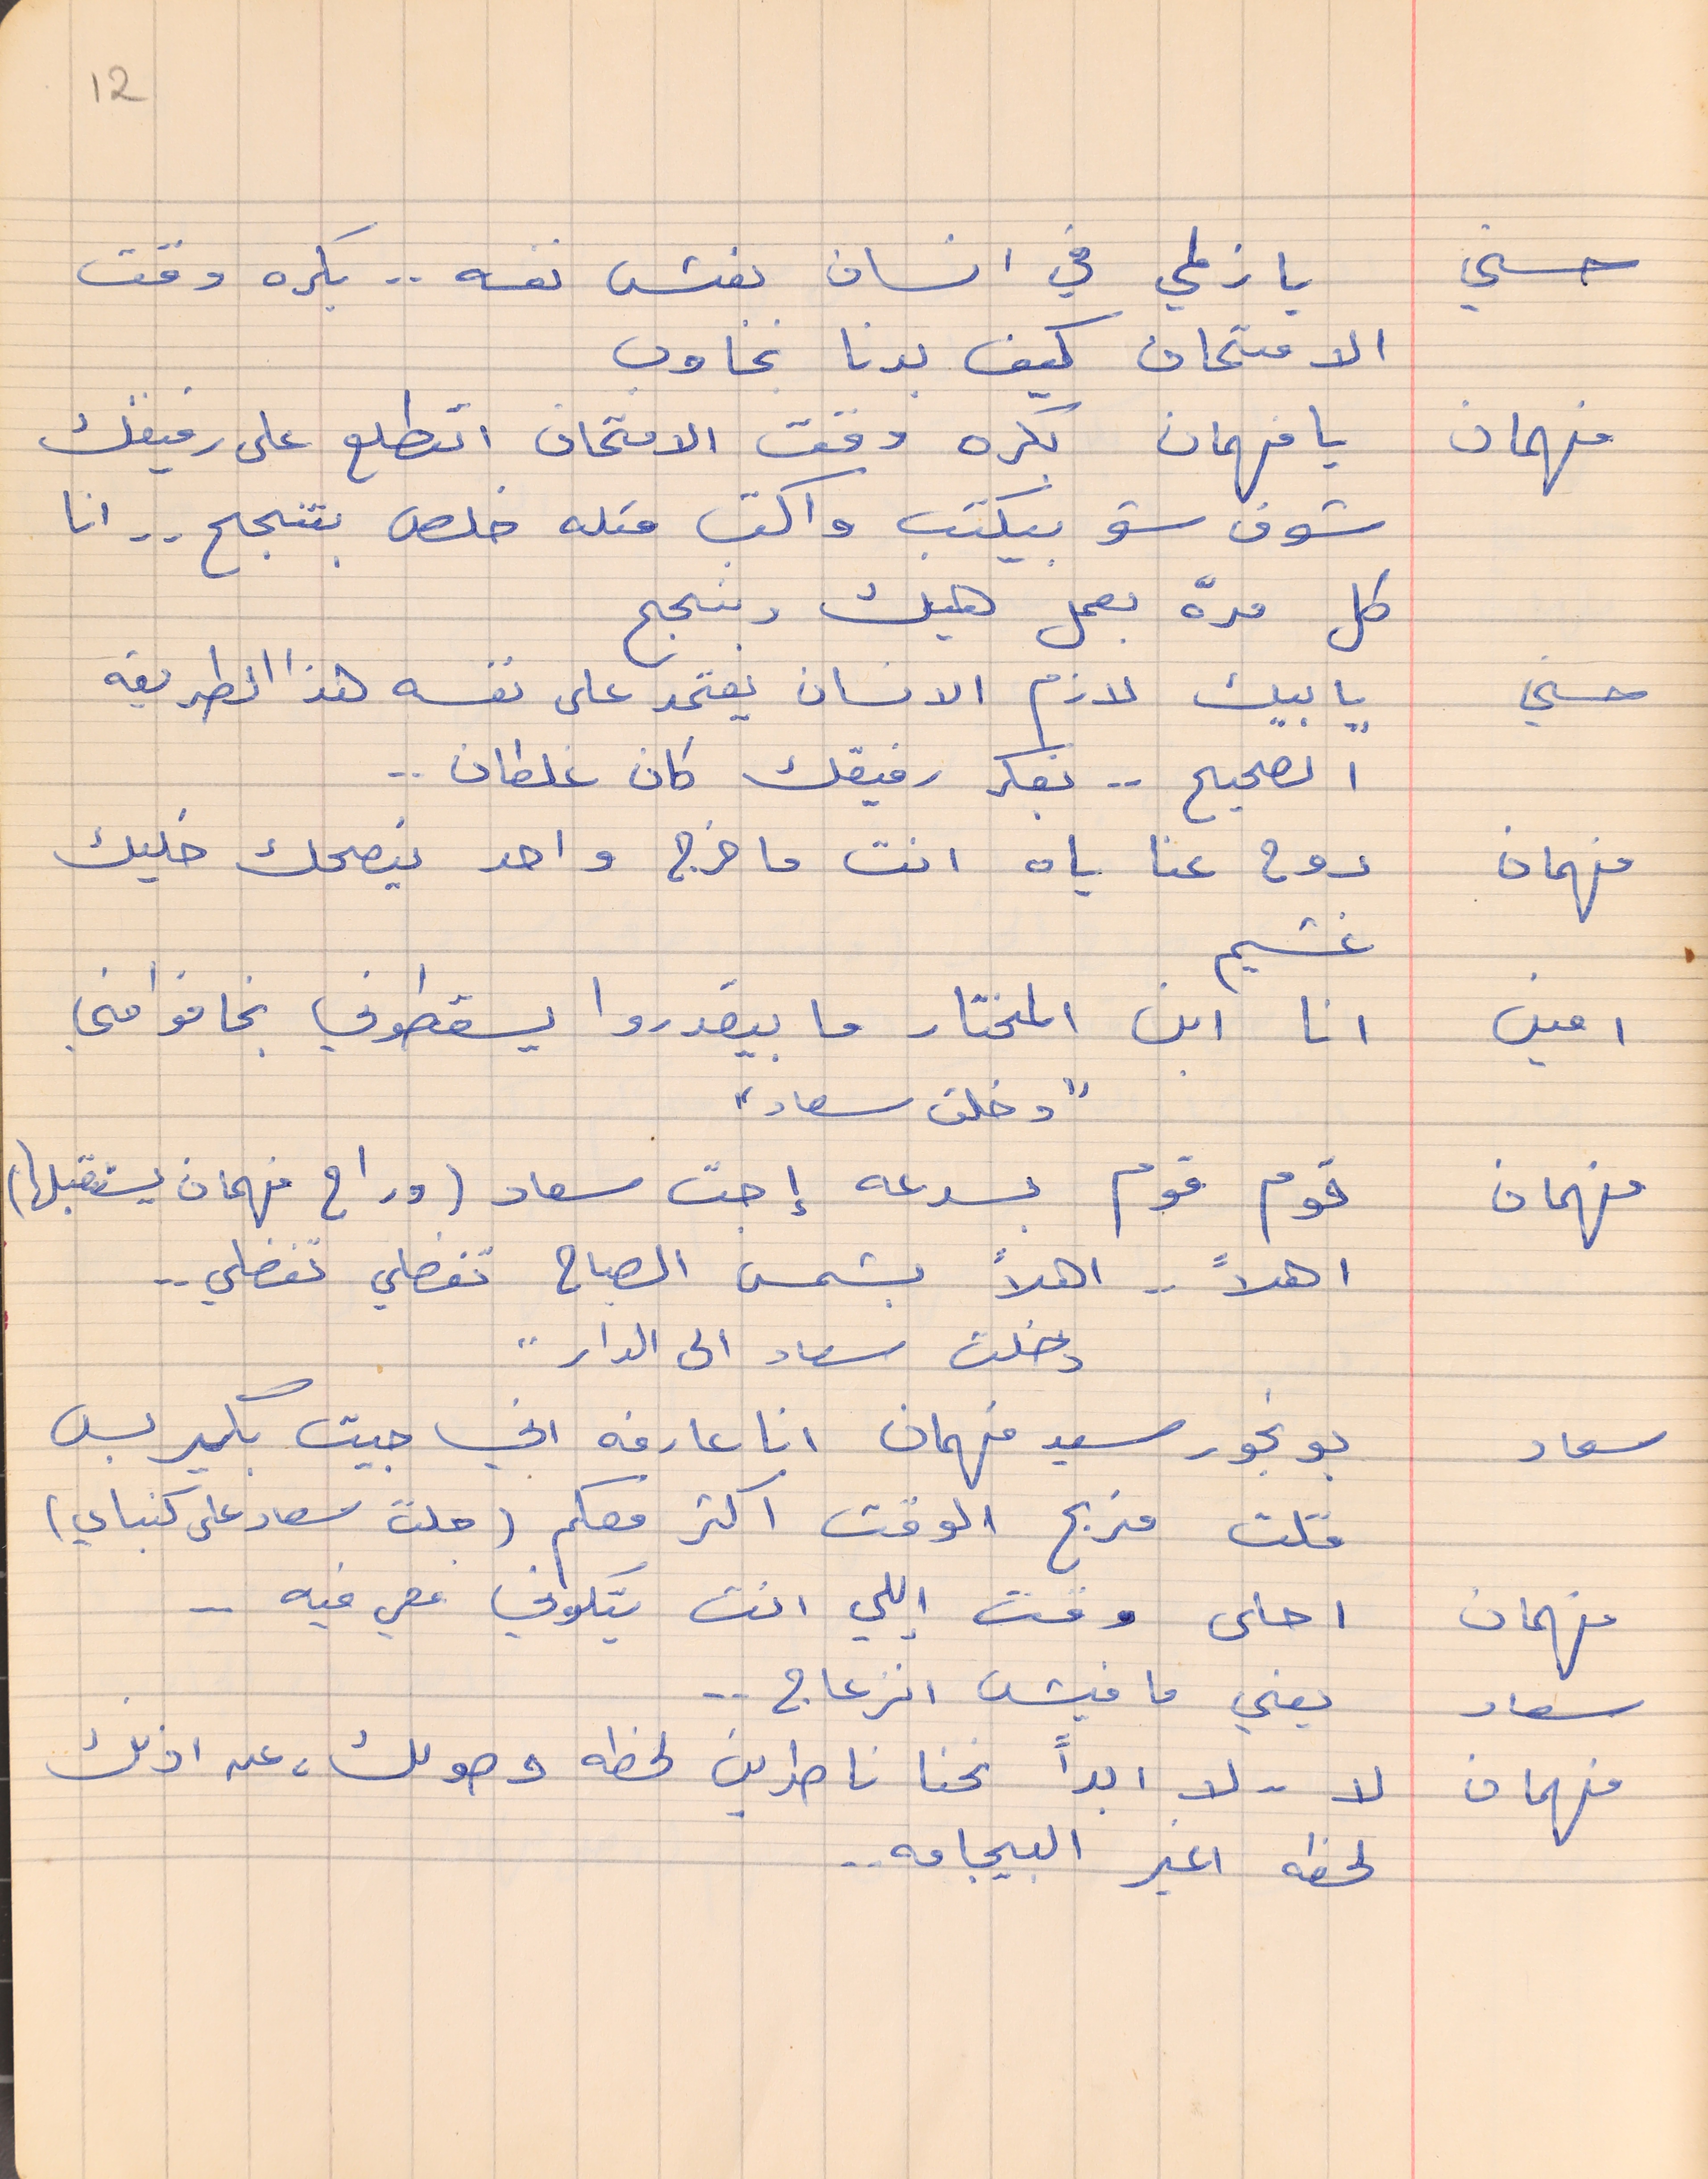
حسني      يا زلمي في انسان بغش نفسه . . بكره وقت
الامتحان كيف بدنا نجاوب
فهمان    يا فهمان بكره وقت الامتحان اتطلع على رفيقك
شوف شو بيكتب واكتب متله خلص بتنجح . . انا
كل مدة بعمل هيك وبنجح
حسني     يا بيك لازم الانسان يعتمد على نفسه هذا الطريقه
الصحيح  . .  بفكر رفيقك كان غلطان . .
فهمان   روح عنا ياه انت ما خرج واحد ينصحك خليك
غشيم
"دخلت سعاد"
فهمان    قوم قوم بسرعه إجت سعاد (وراح فهمان يستقبلها)
اهلاً . . اهلاً بشمس الصباح تفضلي تفضلي  . .
دخلت سعاد الى الدار  . .
سعاد     بونجور سيد فهمان انا عارفه اني جيت بكير بس
قلت منربح الوقت اكتر معكم (جلست سعاد على كنباي)
فهمان    احلى وقت إللي انت بتكوني معي فيه  . .
سعاد       يعني ما فيش انزعاج  . .
فهمان      لا  . . لا ابداً نحنا ناطرين لحظه وصولك، عن اذنك
لحظه اغير البيجامه . .
12
امين    انا ابن المختار ما بيقدروا يسقطوني بخافوا مني